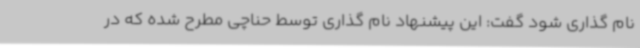
نام گذاری شود گفت: این پیشنهاد نام گذاری توسط حناچی مطرح شده که در